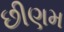
છીણમ